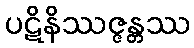
ပဋိနိဿဇ္ဇန္တဿ